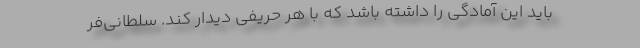
باید این آمادگی را داشته باشد که با هر حریفی دیدار کند. سلطانی‌فر